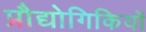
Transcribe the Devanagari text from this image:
प्रौद्योगिकियॉ